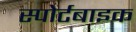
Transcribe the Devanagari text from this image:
स्पोर्टबाइक